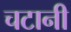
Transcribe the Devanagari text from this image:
चटानी